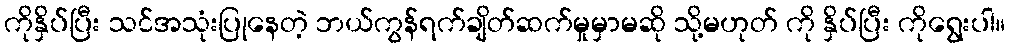
ကိုနှိပ်ပြီး သင်အသုံးပြုနေတဲ့ ဘယ်ကွန်ရက်ချိတ်ဆက်မှုမှာမဆို သို့မဟုတ် ကို နှိပ်ပြီး ကိုရွေးပါ။